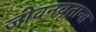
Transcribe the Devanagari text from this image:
जीवनवृतान्त